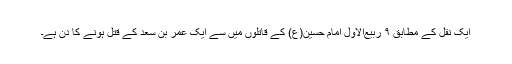
ایک نقل کے مطابق ۹ ربیع‌الاول امام حسین(ع) کے قاتلوں میں سے ایک عمر بن سعد کے قتل ہونے کا دن ہے۔